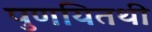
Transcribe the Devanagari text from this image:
पुणयितथी